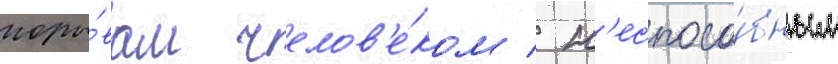
поры́вам челов'е́ком / н'еспосо́бным